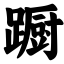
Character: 蹰